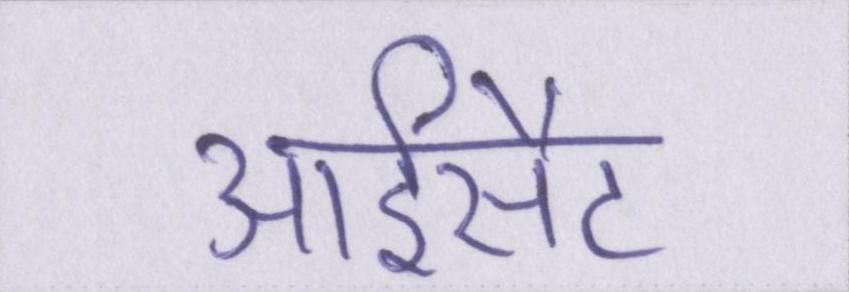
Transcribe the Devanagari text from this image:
आईसैट